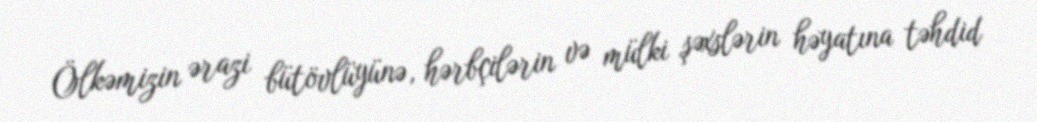
Ölkəmizin ərazi bütövlüyünə, hərbçilərin və mülki şəxslərin həyatına təhdid